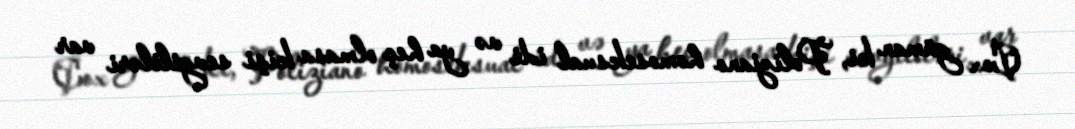
Çox güman ki, Poliziano homoseksual idi və ya heç olmasa kişi sevgililəri var